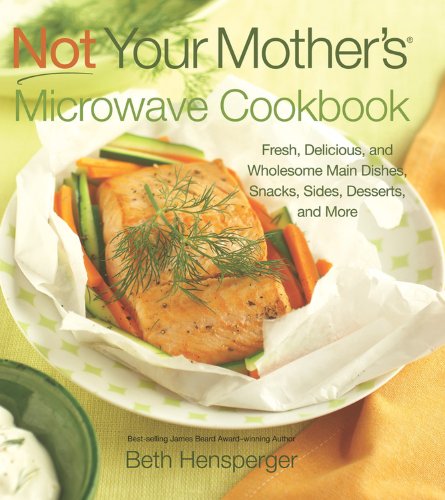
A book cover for Not Your Mother's Microwave Cookbook: Fresh, Delicious, and Wholesome Main Dishes, Snacks, Sides, Desserts, and More (NYM Series); Beth Hensperger; Cookbooks, Food & Wine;